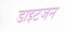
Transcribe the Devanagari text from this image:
डाइटजन